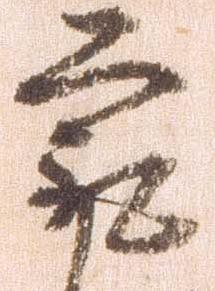
最